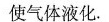
使气体液化。